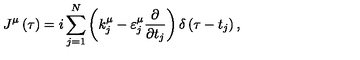
J ^ { \mu } \left( \tau \right) = i \sum _ { j = 1 } ^ { N } \left( k _ { j } ^ { \mu } - \varepsilon _ { j } ^ { \mu } \frac { \partial } { \partial t _ { j } } \right) \delta \left( \tau - t _ { j } \right) ,